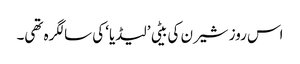
اس روز شیرن کی بیٹی ’لیڈیا‘ کی سالگرہ تھی۔